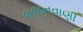
ભજનવાણી